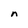
Character: n